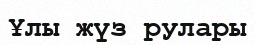
Ұлы жүз рулары